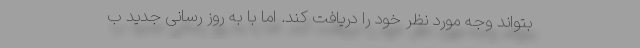
بتواند وجه مورد نظر خود را دریافت کند. اما با به روز رسانی جدید ب